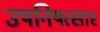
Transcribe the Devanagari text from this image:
उपनिषत्सार